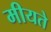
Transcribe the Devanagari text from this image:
मीयते